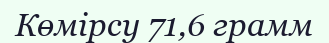
Көмірсу 71,6 грамм